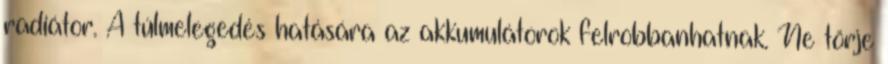
radiátor. A túlmelegedés hatására az akkumulátorok felrobbanhatnak. Ne törje